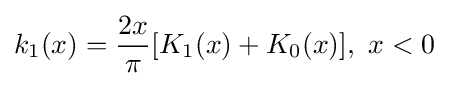
k_{1}(x)={\frac {2x}{\pi }}[K_{1}(x)+K_{0}(x)],\ x<0